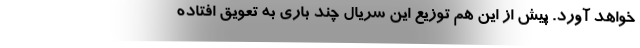
خواهد آورد. پیش از این هم توزیع این سریال چند باری به تعویق افتاده